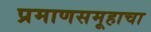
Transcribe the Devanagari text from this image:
प्रमाणसमूहाचा